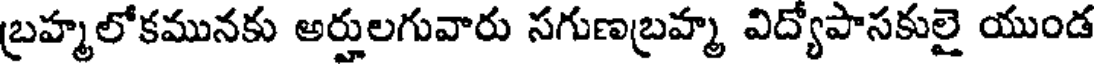
బ్రహ్మలోకమునకు అర్హులగువారు సగుణబ్రహ్మ విద్యోపాసకులై యుండ